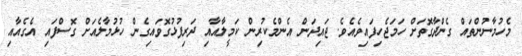
މެހުމާނުންތައް ގެންދާގޮތަށް ހަމަޖެހިފައިވެއެވެ. ޖައިދަން އެންމެކުރިން ކަމީލާއާއި ދަރިފުޅުގޮވައިގެން ހުޅުމާލެއަށް ގޮސްފައި އެގެއާއި